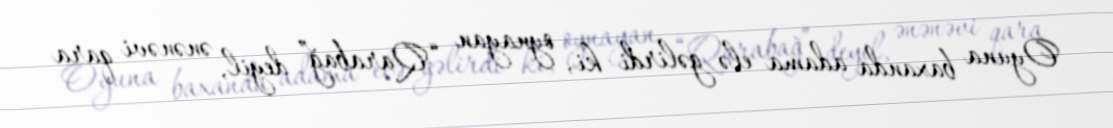
Oyuna baxanda adama elə gəlirdi ki, oynayan “Qarabağ” deyil, ənənəvi qara